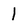
Character: 1